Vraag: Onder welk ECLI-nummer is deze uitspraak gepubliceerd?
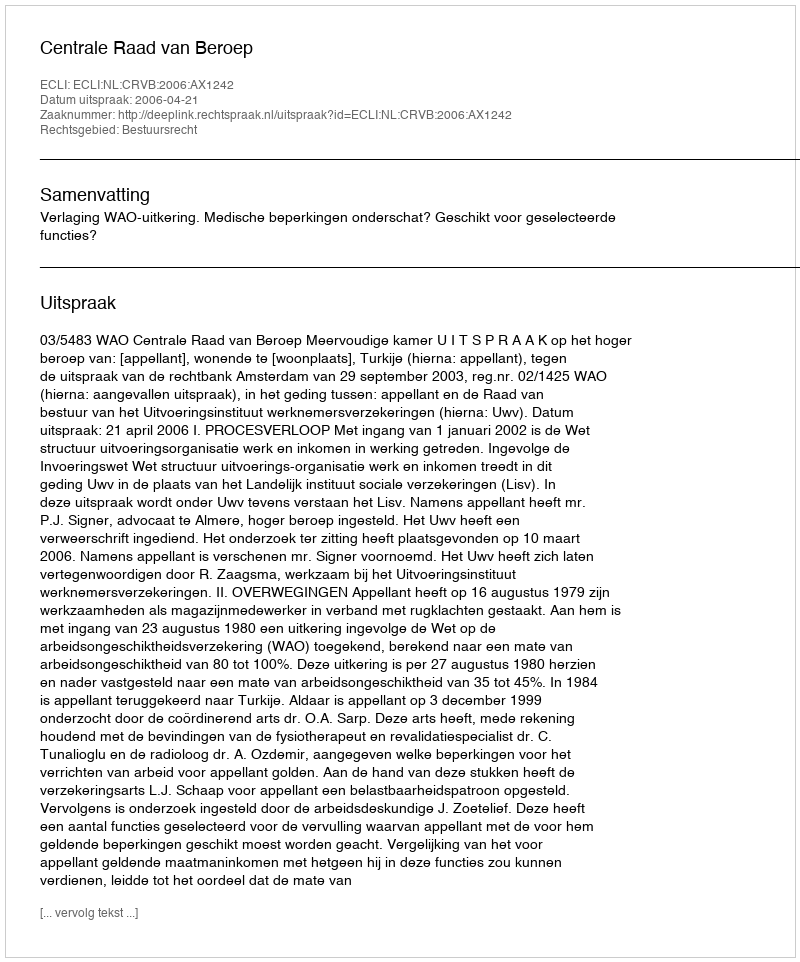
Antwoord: ECLI:NL:CRVB:2006:AX1242